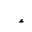
Letter: _hamza